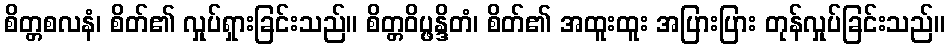
စိတ္တစလနံ၊ စိတ်၏ လှုပ်ရှားခြင်းသည်။ စိတ္တဝိပ္ဖန္ဒိတံ၊ စိတ်၏ အထူးထူး အပြားပြား တုန်လှုပ်ခြင်းသည်။